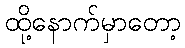
ထို့နောက်မှာတော့